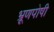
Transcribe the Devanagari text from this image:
भ्रूणपोषी